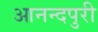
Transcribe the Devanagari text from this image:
आनन्दपुरी